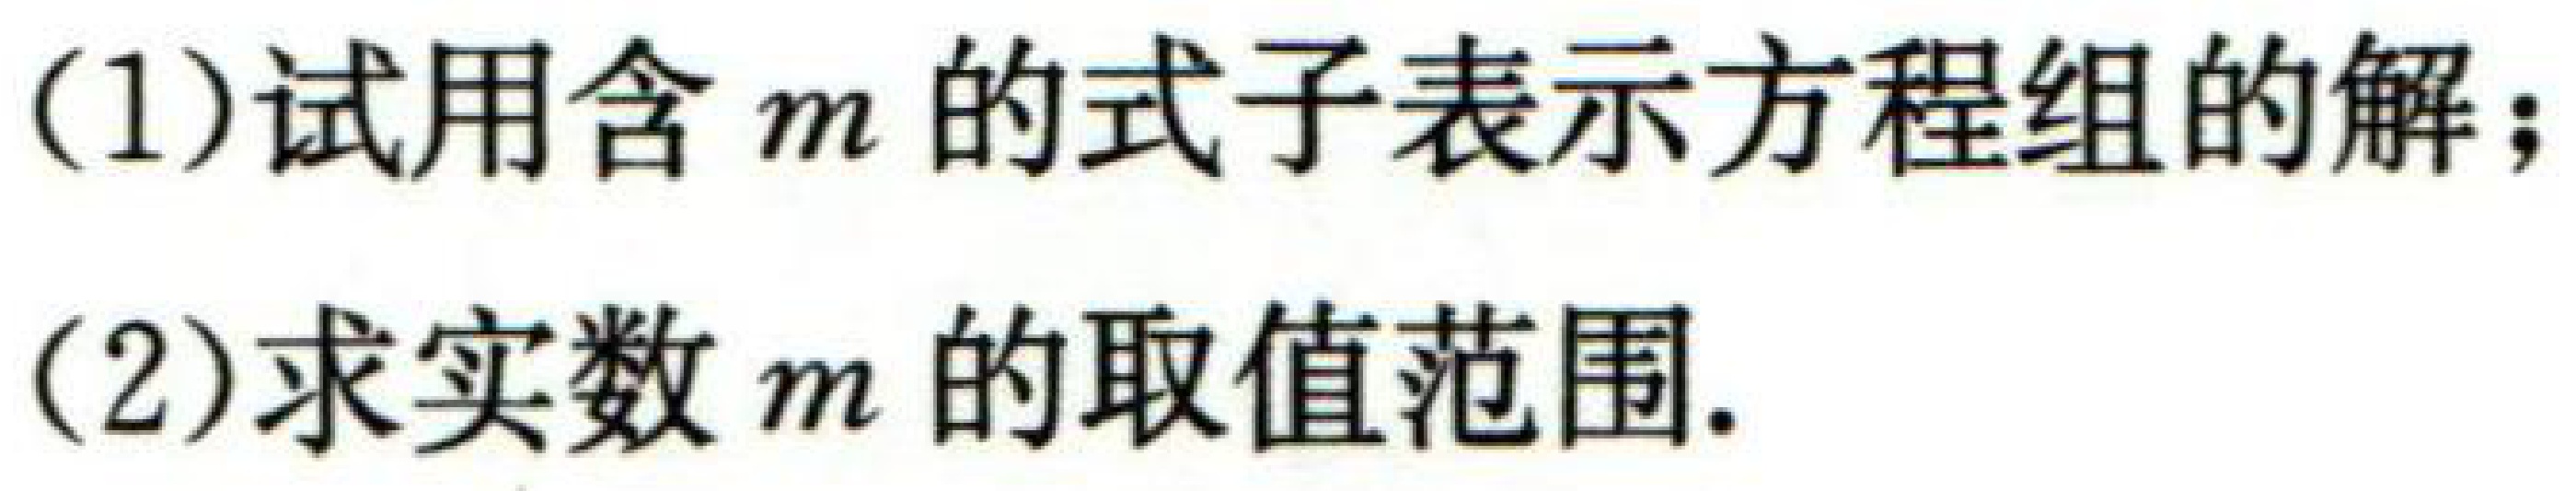
(1)试用含 \(m\) 的式子表示方程组的解；
(2)求实数 \(m\) 的取值范围.